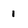
Character: 1